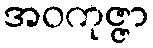
အဝကုဇ္ဇာ